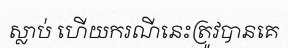
ស្លាប់ ហើយករណីនេះត្រូវបានគេ